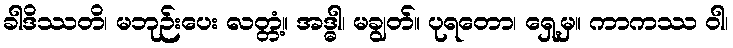
ခါဒိဿတိ၊ မဘုဉ်းပေး လတ္တံ့။ အဒ္ဓါ၊ မချွတ်။ ပုရတော၊ ရှေ့မှ။ ကာကဿ ဝါ၊